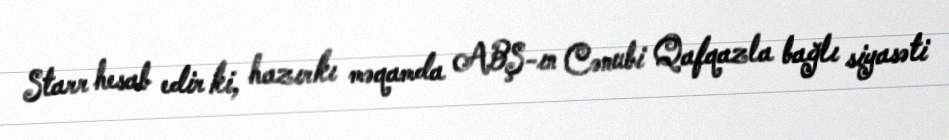
Starr hesab edir ki, hazırkı məqamda ABŞ-ın Cənubi Qafqazla bağlı siyasəti